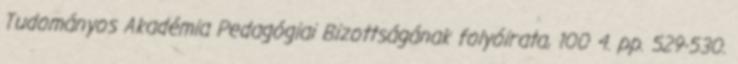
Tudományos Akadémia Pedagógiai Bizottságának folyóirata, 100 4. pp. 529-530.